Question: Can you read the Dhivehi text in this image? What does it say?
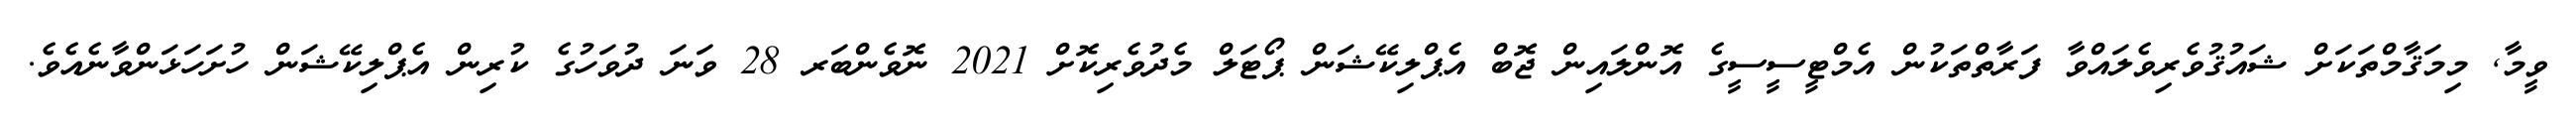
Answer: ވީމާ, މިމަޤާމްތަކަށް ޝައުޤުވެރިވެލައްވާ ފަރާތްތަކުން އެމްޓީސީސީގެ އޮންލައިން ޖޮބް އެޕްލިކޭޝަން ޕޯޓަލް މެދުވެރިކޮށް 2021 ނޮވެންބަރ 28 ވަނަ ދުވަހުގެ ކުރިން އެޕްލިކޭޝަން ހުށަހަޅަންވާނެއެވެ.